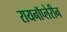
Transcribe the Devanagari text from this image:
रायनॉप्लेरीन